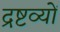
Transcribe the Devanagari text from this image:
द्रष्टव्यों